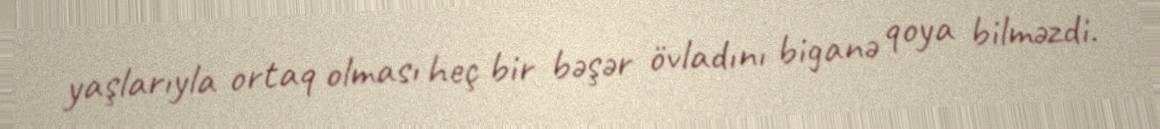
yaşlarıyla ortaq olması heç bir bəşər övladını biganə qoya bilməzdi.